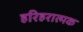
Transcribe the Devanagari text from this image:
हरिहरात्मक